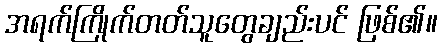
အရက်ကြိုက်တတ်သူတွေချည်းပင် ဖြစ်၏။